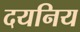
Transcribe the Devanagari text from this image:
दयनिय